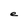
Character: e